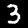
Label: 3